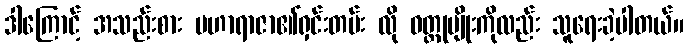
ဒါကြောင့် အသည်းစား မဟာရာဇာ၏ရှင်းတမ်း လို ဝတ္ထုမျိုးကိုလည်း သူရေးခဲ့ပါတယ်။